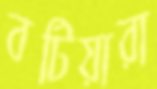
বটিয়ারা